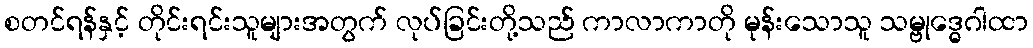
စတင်ရန်နှင့် တိုင်းရင်းသူများအတွက် လုပ်ခြင်းတို့သည် ကာလာကာတို မုန်းသောသူ သမ္ဗုဒ္ဓေဂါထာ